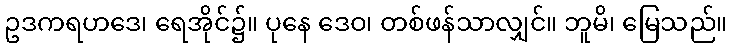
ဥဒကရဟဒေ၊ ရေအိုင်၌။ ပုနေ ဒေဝ၊ တစ်ဖန်သာလျှင်။ ဘူမိ၊ မြေသည်။